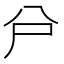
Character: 𠔅